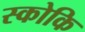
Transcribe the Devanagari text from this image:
स्कोकि